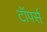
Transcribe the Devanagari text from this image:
टॉपर्स